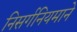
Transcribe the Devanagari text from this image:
निसर्गनियमाने